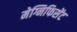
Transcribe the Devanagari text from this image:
मेग्निफिसेंट